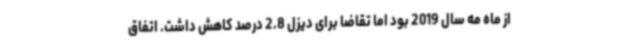
از ماه مه سال 2019 بود اما تقاضا برای دیزل 2.8 درصد کاهش داشت. اتفاق